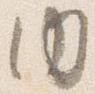
内